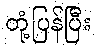
တုံ့ပြန်ပြီး